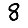
Digit: 8